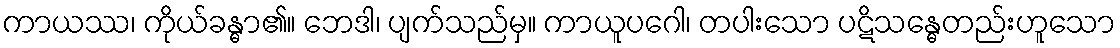
ကာယဿ၊ ကိုယ်ခန္ဓာ၏။ ဘေဒါ၊ ပျက်သည်မှ။ ကာယူပဂေါ၊ တပါးသော ပဋိသန္ဓေတည်းဟူသော